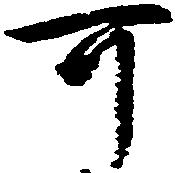
可